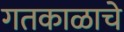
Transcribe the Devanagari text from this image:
गतकाळाचे